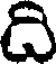
ది